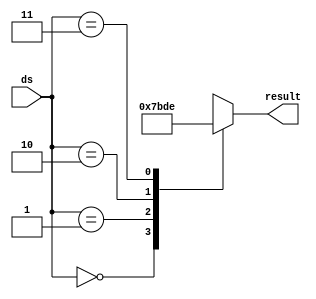
// Automatically generated Verilog-2001
module Machine_anode(ds,result);
  input [1:0] ds;
  output [3:0] result;
  reg [3:0] result_reg;
  always @(*) begin
    case(ds)
      2'b00 : result_reg = 4'b0111;
      2'b01 : result_reg = 4'b1011;
      2'b10 : result_reg = 4'b1101;
      2'b11 : result_reg = 4'b1110;
      default : result_reg = {4 {1'bx}};
    endcase
  end
  assign result = result_reg;
endmodule